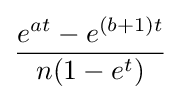
{\frac {e^{at}-e^{(b+1)t}}{n(1-e^{t})}}